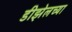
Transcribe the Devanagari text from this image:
डीझेलच्या